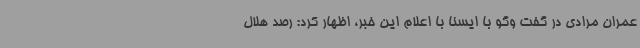
عمران مرادی در گفت وگو با ایسنا با اعلام این خبر، اظهار کرد: رصد هلال